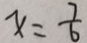
x = \frac { 7 } { 6 }